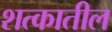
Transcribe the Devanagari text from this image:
शत्कातील